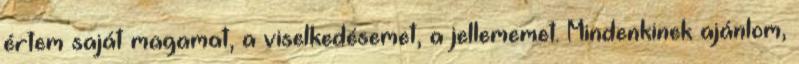
értem saját magamat, a viselkedésemet, a jellememet. Mindenkinek ajánlom,